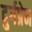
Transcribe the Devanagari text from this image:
दुर्गप्रेम